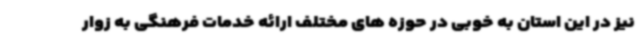
نیز در این استان به خوبی در حوزه های مختلف ارائه خدمات فرهنگی به زوار